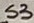
Text: S3